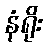
နံရိုး